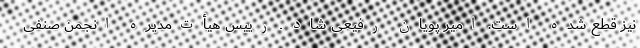
نیز قطع شده است. امیر پویان رفیعی شاد ـ رییس هیأت‌مدیره انجمن صنفی